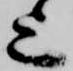
上